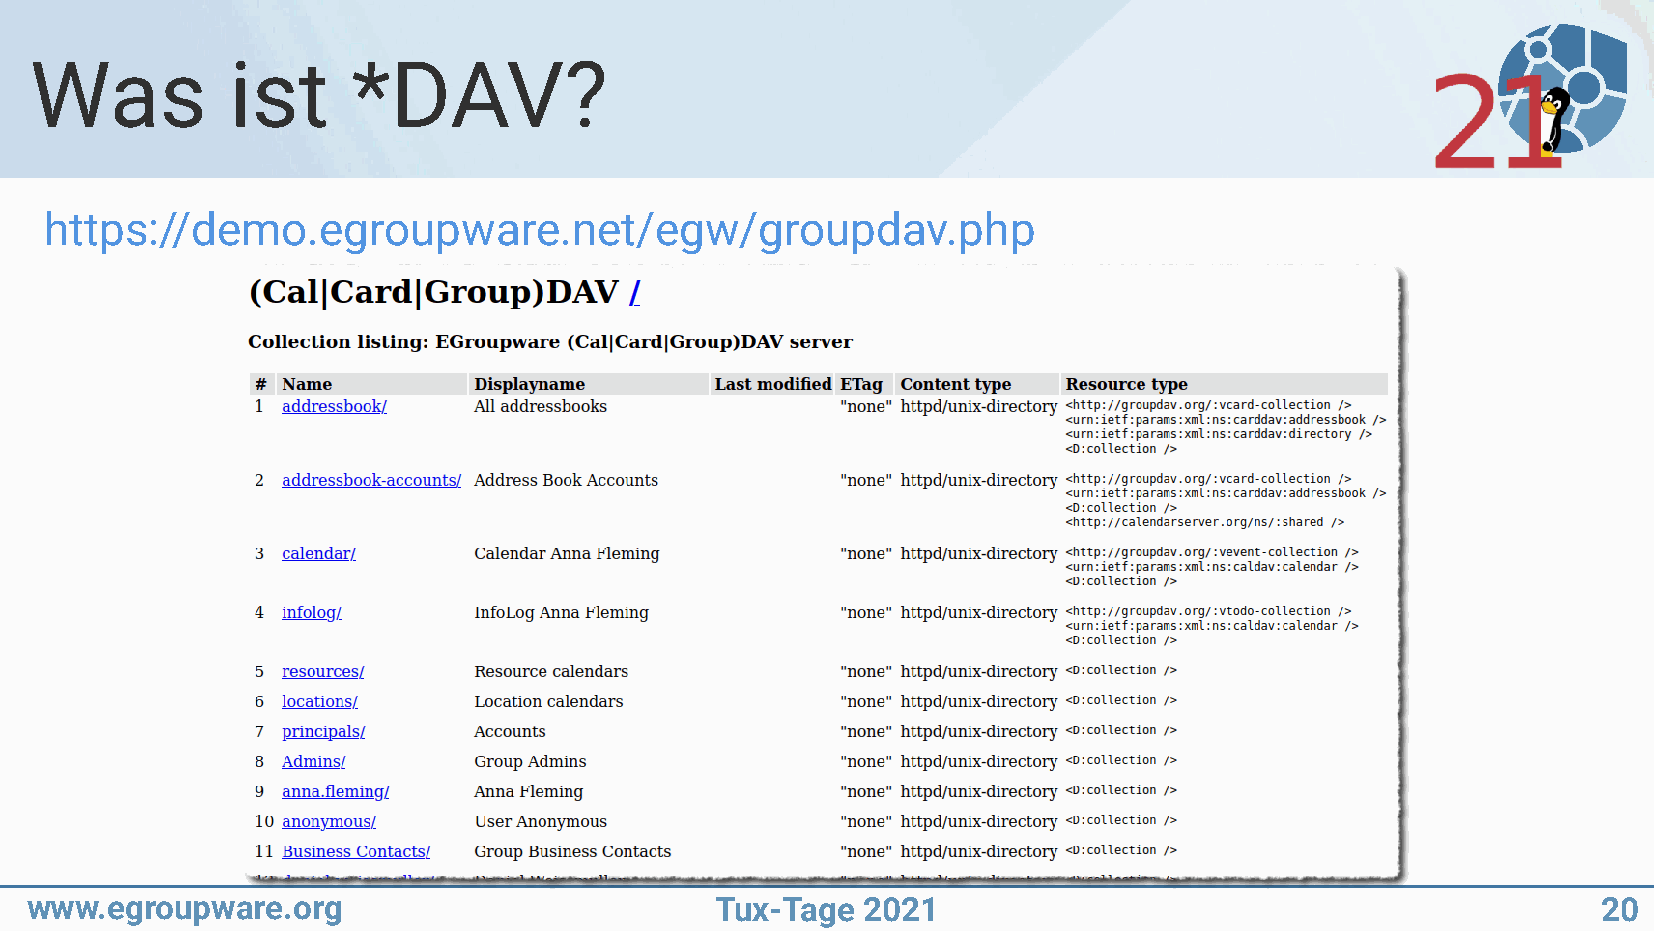
Was          ist     *DAV?
 https://demo.egroupware.net/egw/groupdav.php
 www.egroupware.org                           Tux-Tage  2021                                             20